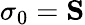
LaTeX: \sigma_{0}=\mathbf{S}